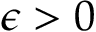
\epsilon > 0